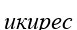
икирес